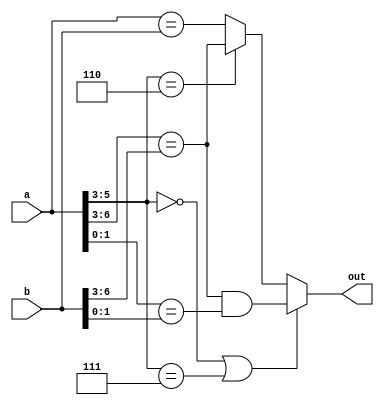
module
    sameRecFN#(parameter expWidth = 3, parameter sigWidth = 3) (
        input [(expWidth + sigWidth):0] a,
        input [(expWidth + sigWidth):0] b,
        output out
    );

    wire [3:0] top4A = a[(expWidth + sigWidth):(expWidth + sigWidth - 3)];
    wire [3:0] top4B = b[(expWidth + sigWidth):(expWidth + sigWidth - 3)];
    assign out =
        (top4A[2:0] == 'b000) || (top4A[2:0] == 'b111)
            ? (top4A == top4B) && (a[(sigWidth - 2):0] == b[(sigWidth - 2):0])
            : (top4A[2:0] == 'b110) ? (top4A == top4B) : (a == b);

endmodule